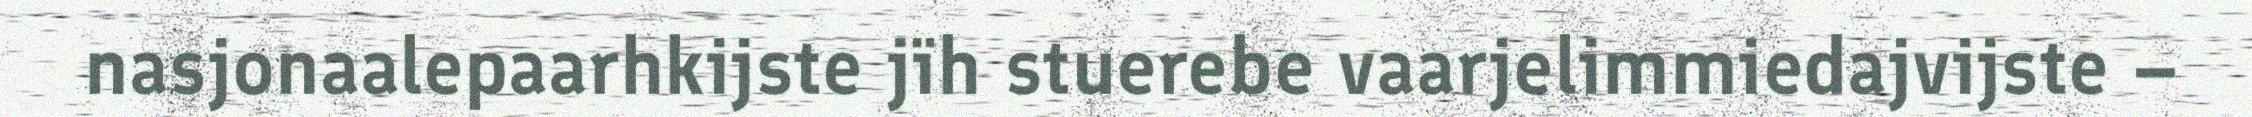
nasjonaalepaarhkijste jïh stuerebe vaarjelimmiedajvijste –